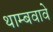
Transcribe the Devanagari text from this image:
थाम्बवावे